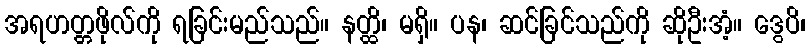
အရဟတ္တဖိုလ်ကို ရခြင်းမည်သည်။ နတ္ထိ၊ မရှိ။ ပန၊ ဆင်ခြင်သည်ကို ဆိုဦးအံ့။ ဒွေပိ၊